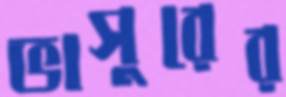
ভাসুরের